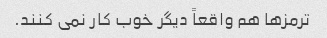
ترمزها هم واقعاً دیگر خوب کار نمی کنند.